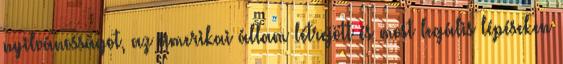
nyilvánosságot, az amerikai állam létrejött és most legális lépéseken